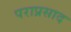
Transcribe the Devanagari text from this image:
पराप्रसाद